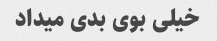
خیلی بوی بدی میداد